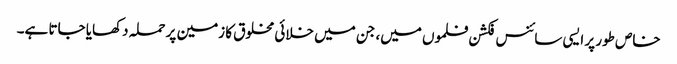
خاص طور پر ایسی سائنس فکشن فلموں میں، جن میں خلائی مخلوق کا زمین پر حملہ دکھایا جاتا ہے۔